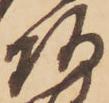
頭